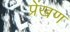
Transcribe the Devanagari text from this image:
प्रेंखण